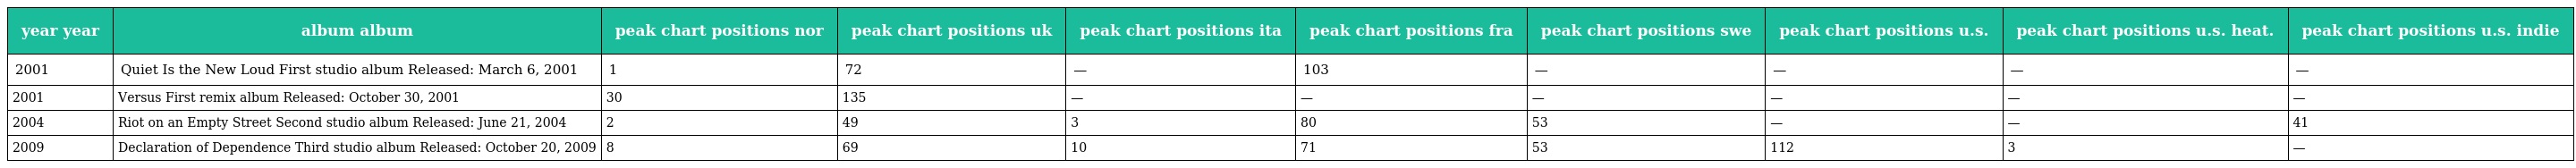
| year year | album album | peak chart positions nor | peak chart positions uk | peak chart positions ita | peak chart positions fra | peak chart positions swe | peak chart positions u.s. | peak chart positions u.s. heat. | peak chart positions u.s. indie |
 | --- | --- | --- | --- | --- | --- | --- | --- | --- | --- |
 | 2001 | Quiet Is the New Loud First studio album Released: March 6, 2001 | 1 | 72 | — | 103 | — | — | — | — |
 | 2001 | Versus First remix album Released: October 30, 2001 | 30 | 135 | — | — | — | — | — | — |
 | 2004 | Riot on an Empty Street Second studio album Released: June 21, 2004 | 2 | 49 | 3 | 80 | 53 | — | — | 41 |
 | 2009 | Declaration of Dependence Third studio album Released: October 20, 2009 | 8 | 69 | 10 | 71 | 53 | 112 | 3 | — |